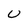
Character: U